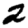
Digit: 2